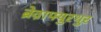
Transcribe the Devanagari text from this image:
ब्रेव़ाफ्युरथुर